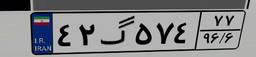
۴۲گ۵۷۴۷۷